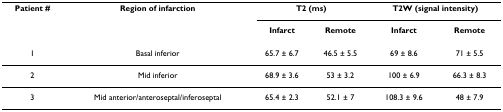
<table><thead><tr><td><b>Patient #</b></td><td><b>Region of infarction</b></td><td colspan="2"><b>T2 (ms)</b></td><td colspan="2"><b>T2W (signal intensity)</b></td></tr><tr><td></td><td></td><td><b>Infarct</b></td><td><b>Remote</b></td><td><b>Infarct</b></td><td><b>Remote</b></td></tr></thead><tbody><tr><td>1</td><td>Basal inferior</td><td>65.7 ± 6.7</td><td>46.5 ± 5.5</td><td>69 ± 8.6</td><td>71 ± 5.5</td></tr><tr><td>2</td><td>Mid inferior</td><td>68.9 ± 3.6</td><td>53 ± 3.2</td><td>100 ± 6.9</td><td>66.3 ± 8.3</td></tr><tr><td>3</td><td>Mid anterior/anteroseptal/inferoseptal</td><td>65.4 ± 2.3</td><td>52.1 ± 7</td><td>108.3 ± 9.6</td><td>48 ± 7.9</td></tr></tbody></table>